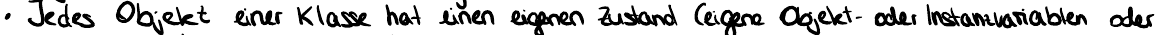
Jedes Objekt einer Klasse hat einen eigenen Zustand eigene Obekt oder Instanzvariablen oder